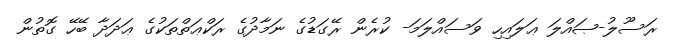
ރަސޫލު-ޞައްލަ ޢަލައިހި ވަސައްލަމަ- ކުރެން ރޭގަޑުގެ ނަމާދުގެ ރަކްޢަތްތަކުގެ ޢަދަދާ ބޭހޭ ގޮތުން